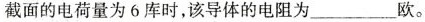
截面的电荷量为 6 库时，该导体的电阻为___欧。